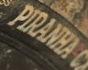
PIRANHA